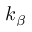
k _ { \beta }